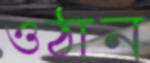
ওঠান